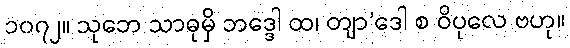
၁၀၇၂။ သုဘေ သာဓုမှိ ဘဒ္ဒေါ ထ၊ တျာ’ဒေါ စ ဝိပုလေ ဗဟု။